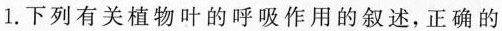
1. 下列有关植物叶的呼吸作用的叙述，正确的